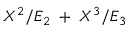
X ^ { 2 } / E _ { 2 } \; + \; X ^ { 3 } / E _ { 3 }